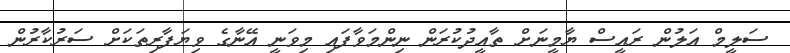
ސަލީމް އަލުން ރައީސް ޔާމީނަށް ތާއީދުކުރަން ނިންމަވާފައި މިވަނީ އޭނާގެ ވިޔަފާރިތަކަށް ސަރުކާރުން